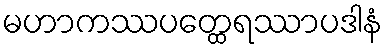
မဟာကဿပတ္ထေရဿာပဒါနံ